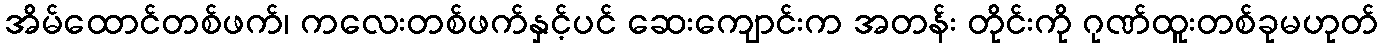
အိမ်ထောင်တစ်ဖက်၊ ကလေးတစ်ဖက်နှင့်ပင် ဆေးကျောင်းက အတန်း တိုင်းကို ဂုဏ်ထူးတစ်ခုမဟုတ်